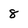
Character: 8